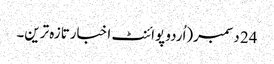
24 دسمبر(اُردو پوائنٹ اخبارتازہ ترین۔